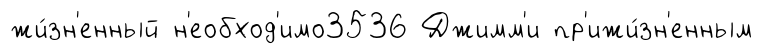
жи́зн'енный н'еобход'имо3536 Джимм'и пр'ижи́зн'енным